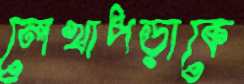
লেখাপড়াকে